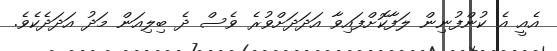
އެއީ އެ ކުންފުނިން ލަފާކޮށްފައިވާ އަދަދަށްވުރެ ވެސް ދެ ބިލިއަން މަދު އަދަދެކެވެ.